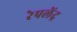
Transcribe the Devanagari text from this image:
रेपलेंद्र